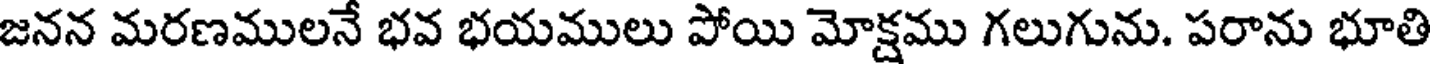
జనన మరణములనే భవ భయములు పోయి మోక్షము గలుగును. పరాను భూతి